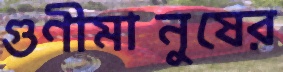
গুণীমানুষের